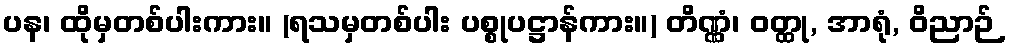
ပန၊ ထိုမှတစ်ပါးကား။ (ရသမှတစ်ပါး ပစ္စုပဋ္ဌာန်ကား။) တိဏ္ဏံ၊ ဝတ္ထု, အာရုံ, ဝိညာဉ်